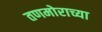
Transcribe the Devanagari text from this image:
तणमोराच्या